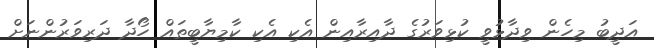
އަދީބު މިހެން ވިދާޅުވީ ކުޅިވަރުގެ ދާއިރާއިން އެކި އެކި ކާމިޔާބީތައް ހޯދާ ދަރިވަރުންނަށް